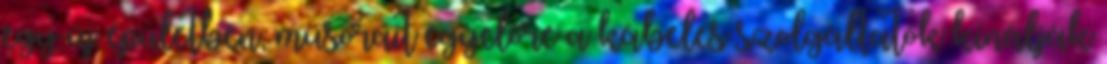
egy új épületben, műsorait egyelőre a kábeles szolgáltatók kínálják